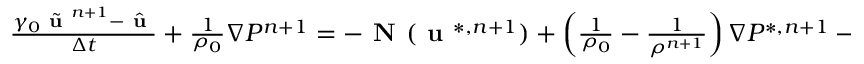
\begin{array} { r l } { \small } & { { } \frac { \gamma _ { 0 } \Tilde { \textbf { u } } ^ { n + 1 } - \hat { \textbf { u } } } { \Delta t } + \frac { 1 } { \rho _ { 0 } } \nabla P ^ { n + 1 } = - \textbf { N } ( \textbf { u } ^ { * , n + 1 } ) + \left( \frac { 1 } { \rho _ { 0 } } - \frac { 1 } { \rho ^ { n + 1 } } \right) \nabla P ^ { * , n + 1 } - \frac { \mu ^ { n + 1 } } { \rho ^ { n + 1 } } \nabla \times \nabla \times \textbf { u } ^ { * , n + 1 } } \end{array}